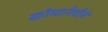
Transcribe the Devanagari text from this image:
कोमानेचीने